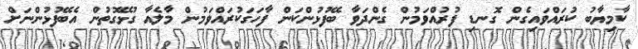
ކާމިޔާބު ކުރައްވައިގެން ގޮނޑި ފުރުއްވަމުން ގެންދަވާ ބޭފުޅުންކަން ފާހަގަކުރައްވަމުން މާލެއާ ގުޅޭގޮތުން އެބޭފުޅުންނަށް